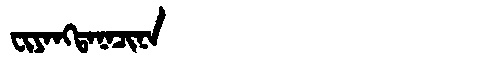
Manchu: ᠸᡳᠶᠠᠩᡨᠠᠨᠠᠴᡳᠨᠠ
Romanization: FIYANGTANACINA